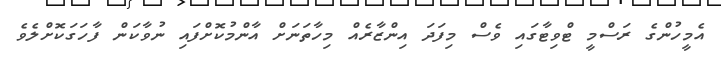
އެމީހުންގެ ރަސްމީ ޓްވިޓާގައި ވެސް މިފަދަ އިންޒާރެއް މިހާތަނަށް އާންމުކޮށްފައި ނުވާކަން ފާހަގަކޮށްލެވެ